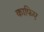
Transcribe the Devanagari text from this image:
काफिए